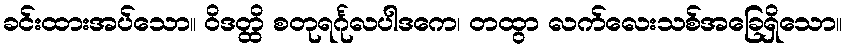
ခင်းထားအပ်သော။ ဝိဒတ္ထိ စတုရင်္ဂုလပါဒကေ၊ တထွာ လက်လေးသစ်အခြေရှိသော။